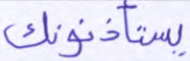
يستأذنونك